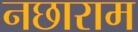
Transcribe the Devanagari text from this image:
नछाराम